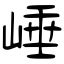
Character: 崜